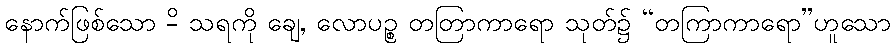
နောက်ဖြစ်သော -ိ သရကို ချေ, လောပဉ္စ တတြာကာရော သုတ်၌ “တကြာကာရော”ဟူသော